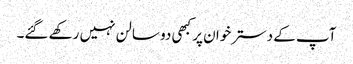
آپ کے دسترخوان پر کبھی دو سالن نہیں رکھے گئے۔